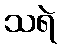
သရဲ